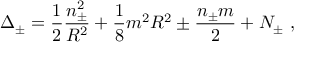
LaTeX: \Delta _ { \pm } = \displaystyle \frac { 1 } { 2 } \displaystyle \frac { n _ { \pm } ^ { 2 } } { R ^ { 2 } } + \displaystyle \frac { 1 } { 8 } m ^ { 2 } R ^ { 2 } \pm \displaystyle \frac { n _ { \pm } m } { 2 } + N _ { \pm } \, \, ,